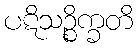
ပဋိသဉ္စိက္ခတိ